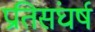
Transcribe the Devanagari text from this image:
प्रतिसंघर्ष